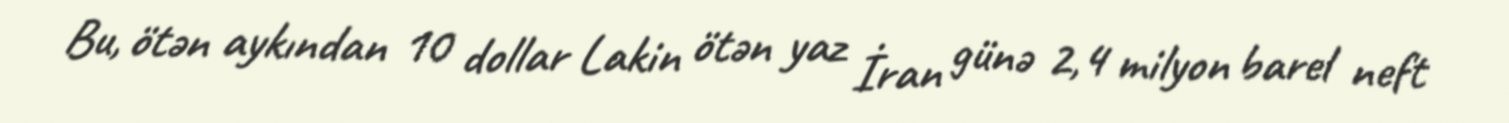
Bu, ötən aykından 10 dollar Lakin ötən yaz İran günə 2,4 milyon barel neft